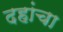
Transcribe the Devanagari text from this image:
दहांचा